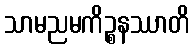
သာမညမကိဉ္စနဿာတိ